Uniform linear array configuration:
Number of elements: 48
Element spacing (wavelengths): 1
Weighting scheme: hann
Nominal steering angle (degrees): -30
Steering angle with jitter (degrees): -31.389
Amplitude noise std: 0.05
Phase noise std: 0.05

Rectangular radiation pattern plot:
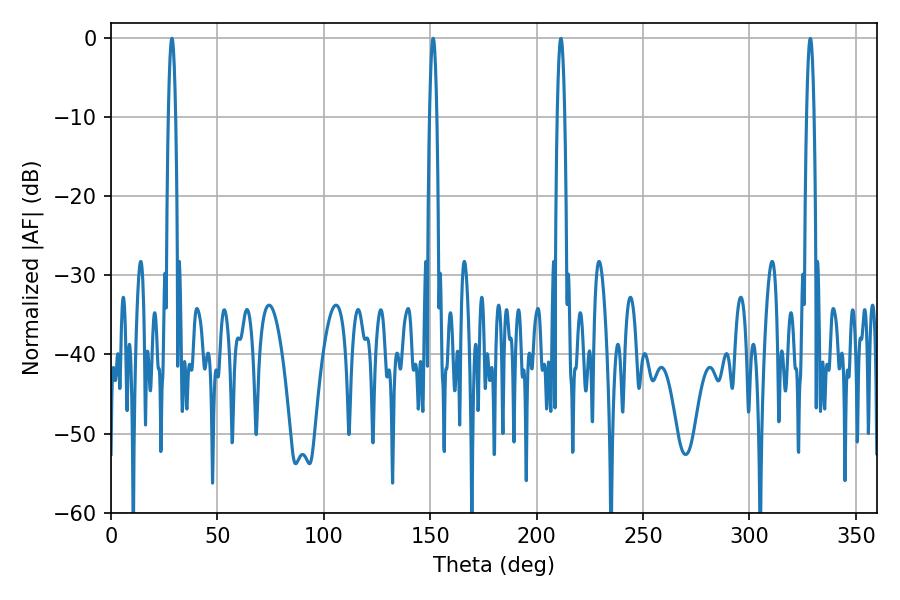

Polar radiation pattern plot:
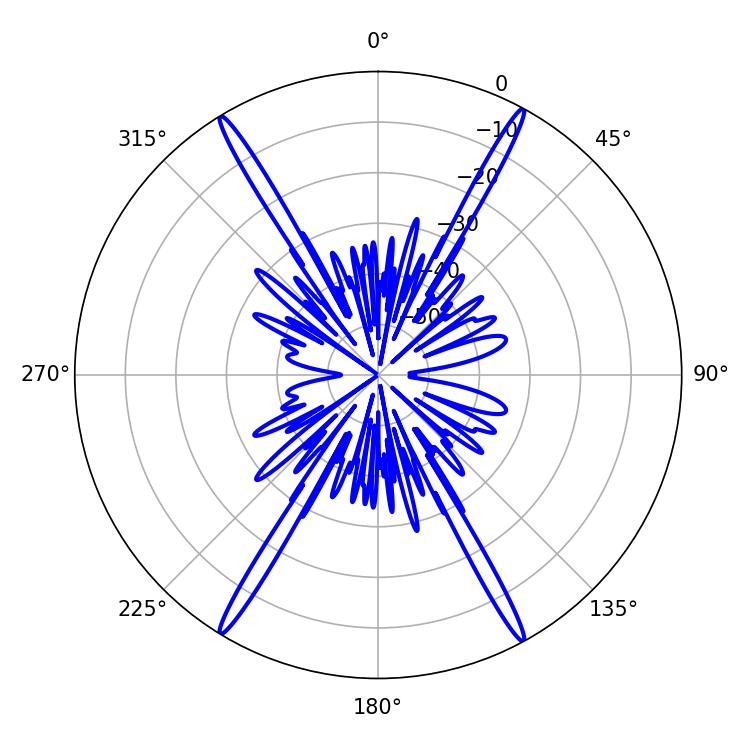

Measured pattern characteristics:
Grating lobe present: TRUE
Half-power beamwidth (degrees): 1.8
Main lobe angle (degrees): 28.62